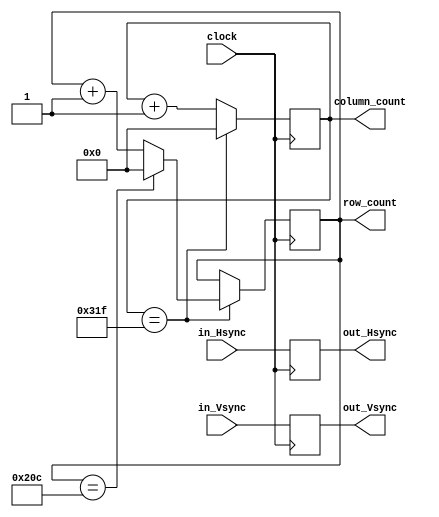
// Purpose of this module:
// Keep track of our current position (which row/column we are in)
// the out Sync signals will be one clock cycle behind the in Sync signals
module VGA_Sync_to_Count #(
    parameter
    TOTAL_COLS = 800,
    TOTAL_ROWS = 525
    ) (
    input clock,
    input in_Hsync,
    input in_Vsync,

    output reg out_Hsync = 0,
    output reg out_Vsync = 0,
    output reg [9:0] column_count = 0,
    output reg [9:0] row_count = 0
    );

    // look for rising edge on in_Vsync to reset counters
    // rising edge on in_Vsync means we are back to the first column first row
    wire start;
    assign start = (~in_Vsync & in_Vsync); 

    // Delay the sync signals by one clock cycle to get the rising edge of in_Vsync
    // This means now the counters is one clock cycle ahead of the sync signals
    always @(posedge clock) begin
        out_Hsync <= in_Hsync;
        out_Vsync <= in_Vsync;
    end

    // Arithmetic logic for counters
    // Iterate through row by row, each row from left to right 
    always @(posedge clock) begin
        if (start) begin
            row_count <= 0;
            column_count <= 0;
        end else begin
            if (column_count == TOTAL_COLS-1) begin
                row_count <= (row_count == TOTAL_ROWS-1) ? 0 : row_count + 1;
                column_count <= 0;
            end else begin
                column_count <= column_count + 1;
            end
        end
    end
endmodule